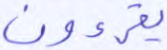
يقرءون